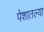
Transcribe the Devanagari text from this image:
पेशातल्या